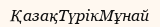
ҚазақТүрікМұнай